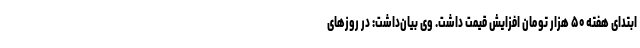
ابتدای هفته ۵۰ هزار تومان افزایش قیمت داشت. وی بیان‌داشت: در روزهای